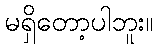
မရှိတော့ပါဘူး။